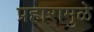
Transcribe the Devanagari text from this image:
प्रहारामुळे